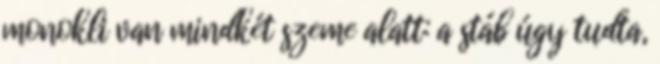
monokli van mindkét szeme alatt: a stáb úgy tudta,